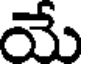
మే